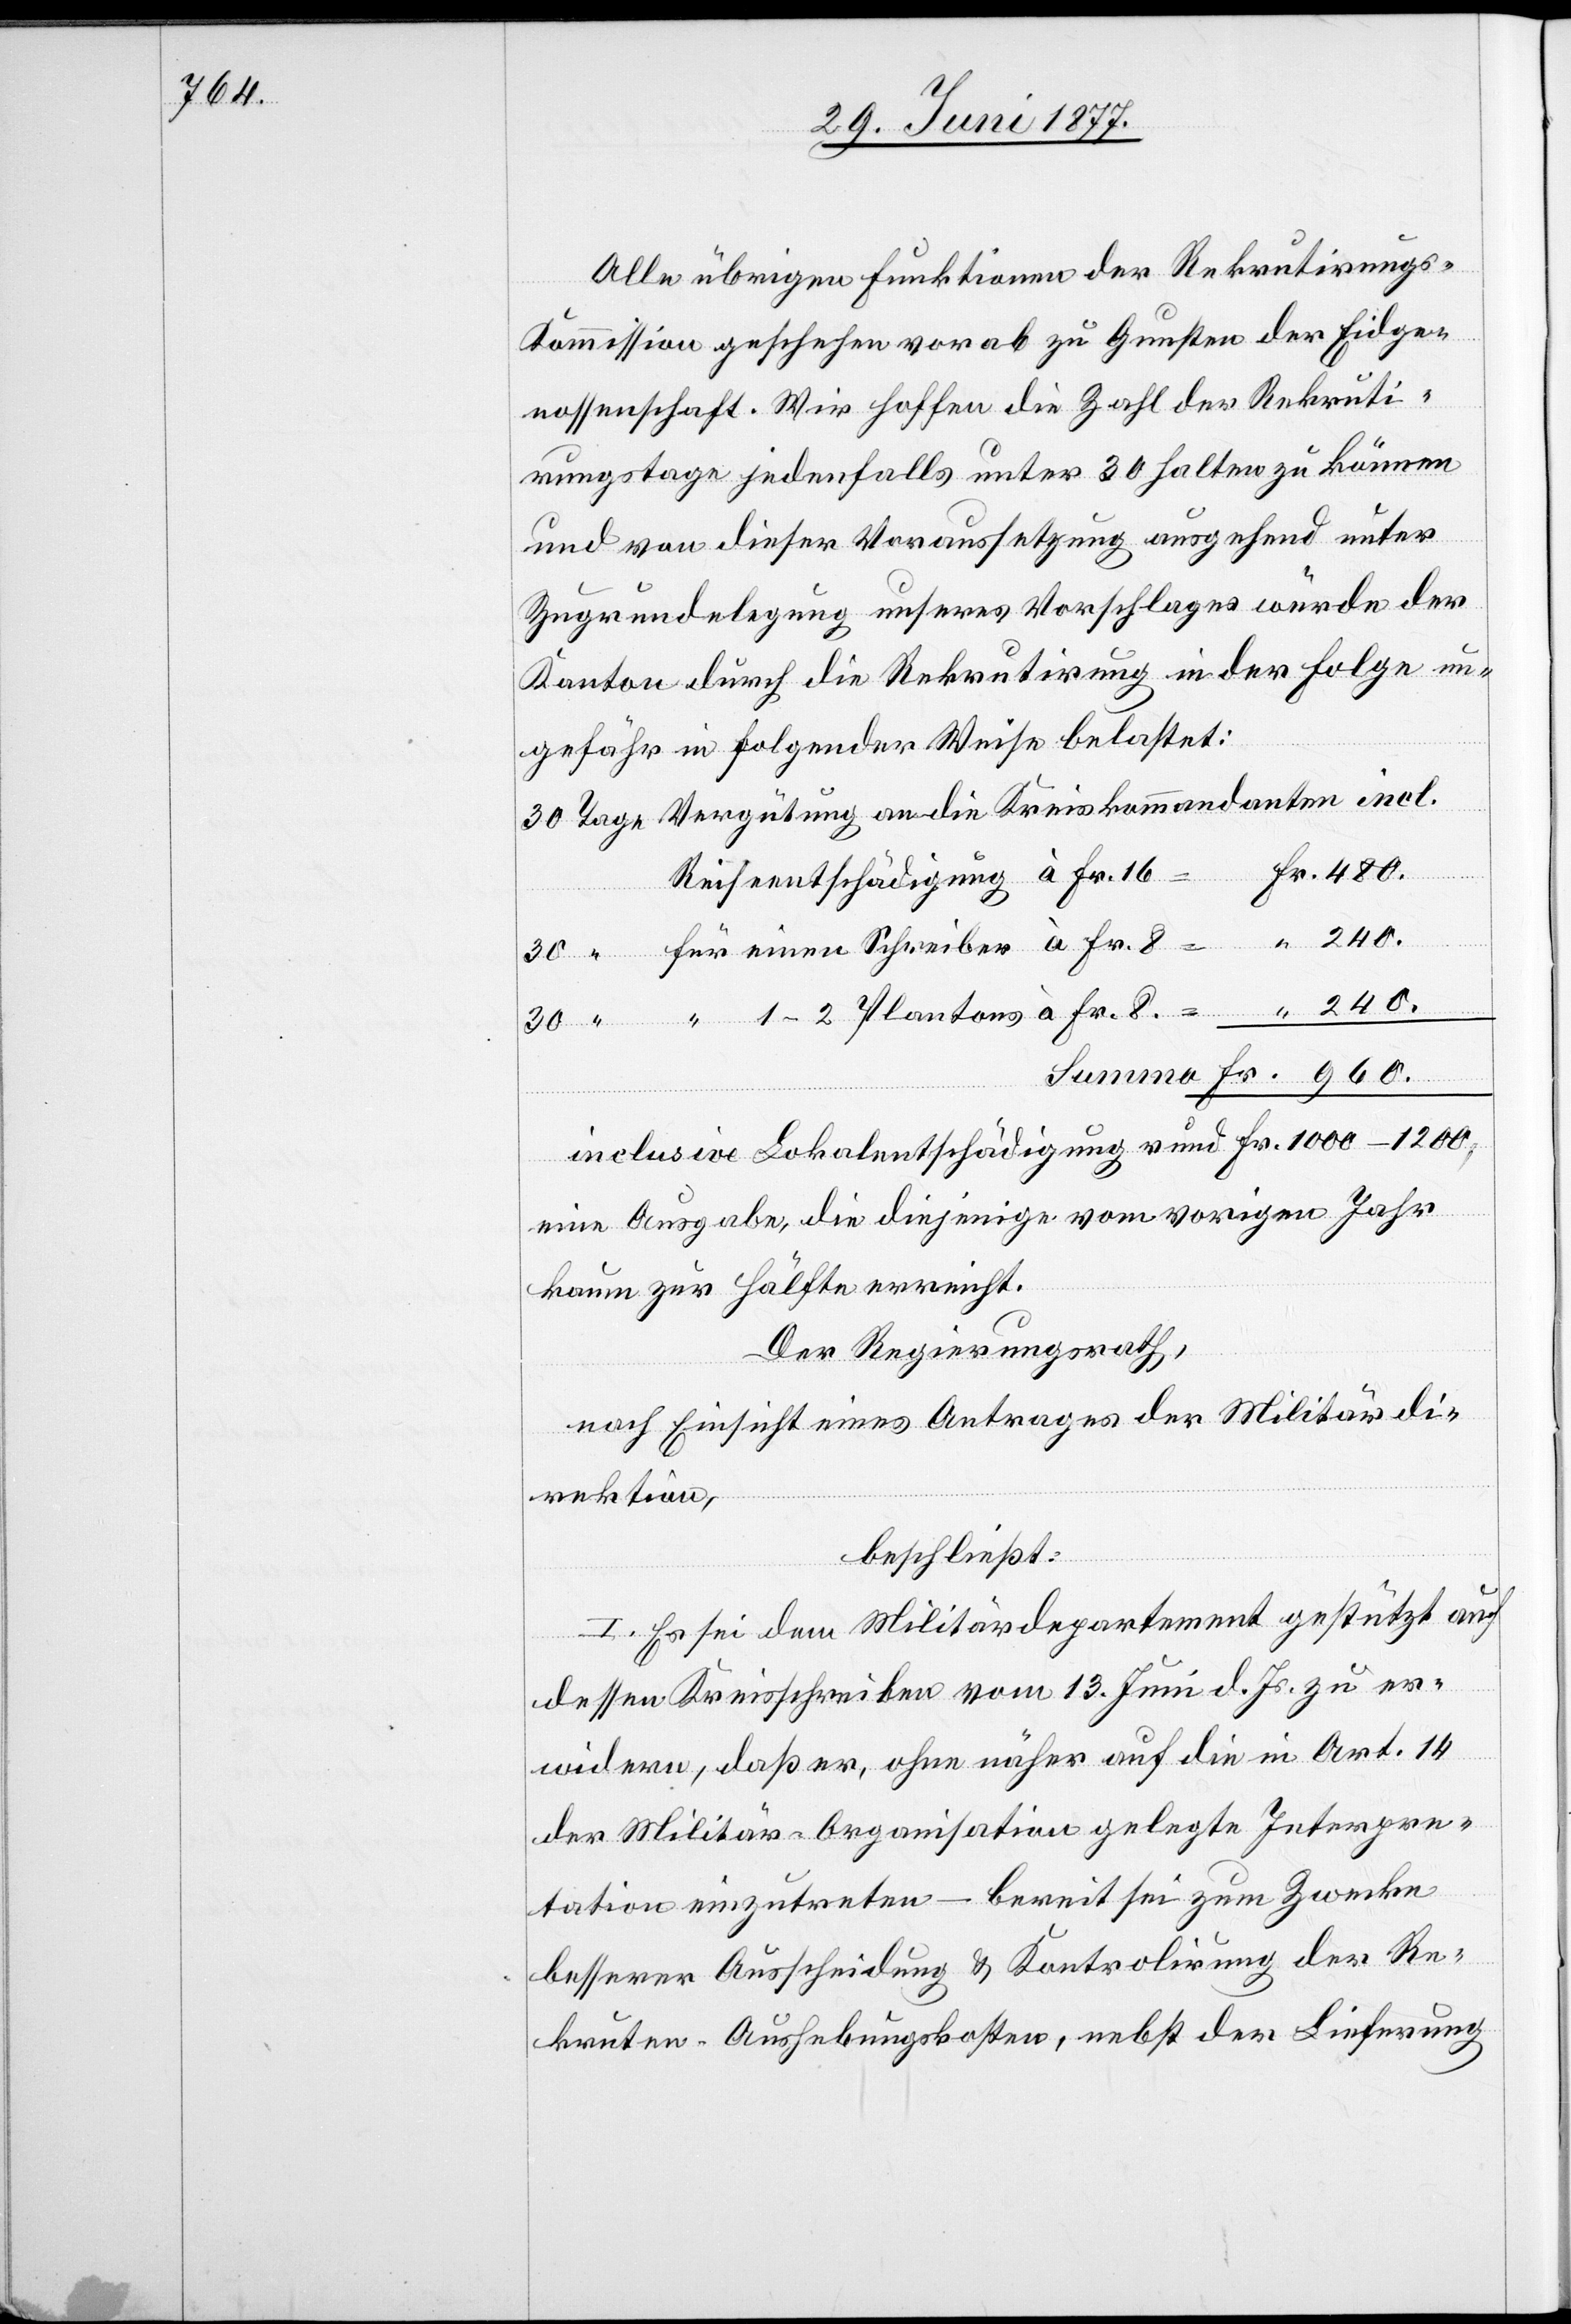
Alle übrigen Funktionen der Rekrutirungs-K¬
ommission geschehen vorab zu Gunsten der Eidge¬
nossenschaft. Wir hoffen die Zahl der Rekruti¬
rungstage jedenfalls unter 30 halten zu können
und von dieser Voraussetzung ausgehend unter
Zugrundelegung unseres Vorschlages würde der
Kanton durch die Rekrutirung in der Folge un¬
gefähr in folgender Weise belastet:
Vergütung an die Kreiskommandanten incl.
960
Reiseentschädigung à Fr. 16
inclusive Lokalentschädigung rund Fr. 1000–1200,
eine Ausgabe, die diejenige vom vorigen Jahr
kaum zur Hälfte erreicht.
Der Regierungsrath,
nach Einsicht eines Antrages der Militärdi¬
rektion,
“
beschließt:
I. Es sei dem Militärdepartement gestützt auf
dessen Kreisschreiben vom 13. Juni d. Js. zu er¬
wiedern, daß er, ohne näher auf die in Art. 14
der Militär-Organisation gelegte Interpre¬
tation einzutreten – bereit sei zum Zwecke
besserer Ausscheidung & Kontrolirung der Re¬
kruten-Ausgebungskosten, nebst der Lieferung